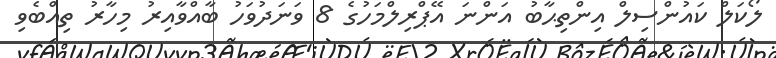
ލޯކަލް ކައުންސިލް އިންތިޙާބު އަންނަ އޭޕްރިލްމަހުގެ 8 ވަނަދުވަހު ބާއްވާއިރު މިހާރު ތިއްބެވި